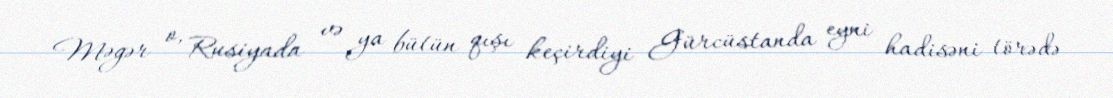
Məgər o, Rusiyada və ya bütün qışı keçirdiyi Gürcüstanda eyni hadisəni törədə